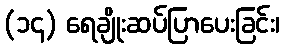
(၁၄) ရေချိုးဆပ်ပြာပေးခြင်း၊